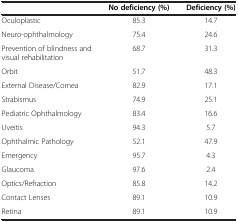
<table><thead><tr><td><b> </b></td><td><b>No deficiency (%)</b></td><td><b>Deficiency (%)</b></td></tr></thead><tbody><tr><td>Oculoplastic</td><td>85.3</td><td>14.7</td></tr><tr><td>Neuro-ophthalmology</td><td>75.4</td><td>24.6</td></tr><tr><td>Prevention of blindness and visual rehabilitation</td><td>68.7</td><td>31.3</td></tr><tr><td>Orbit</td><td>51.7</td><td>48.3</td></tr><tr><td>External Disease/Cornea</td><td>82.9</td><td>17.1</td></tr><tr><td>Strabismus</td><td>74.9</td><td>25.1</td></tr><tr><td>Pediatric Ophthalmology</td><td>83.4</td><td>16.6</td></tr><tr><td>Uveitis</td><td>94.3</td><td>5.7</td></tr><tr><td>Ophthalmic Pathology</td><td>52.1</td><td>47.9</td></tr><tr><td>Emergency</td><td>95.7</td><td>4.3</td></tr><tr><td>Glaucoma</td><td>97.6</td><td>2.4</td></tr><tr><td>Optics/Refraction</td><td>85.8</td><td>14.2</td></tr><tr><td>Contact Lenses</td><td>89.1</td><td>10.9</td></tr><tr><td>Retina</td><td>89.1</td><td>10.9</td></tr></tbody></table>